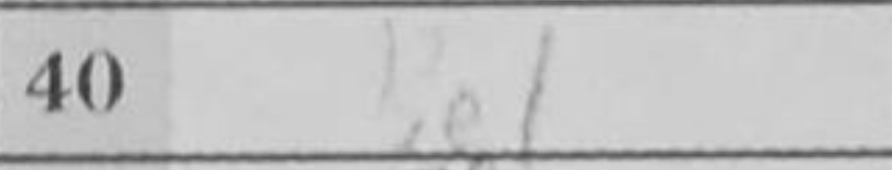
Transcription: Be1